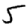
Digit: 5